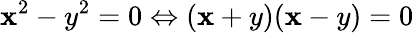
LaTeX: \mathbf{x}^{2}-y^{2}=0\Leftrightarrow(\mathbf{x}+y)(\mathbf{x}-y)=0